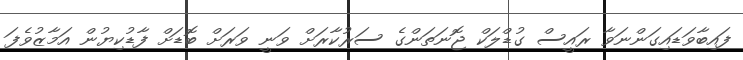
ފައިބާވަޑައިގަންނަވާ ރައީސް ގުޑްލަކް ޖޮނަތަންގެ ސަރުކާރަށް ވަނީ ވަރަށް ބޮޑަށް ފާޑުކިޔުން އަމާޒުވެފަ